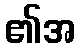
၏အ